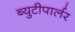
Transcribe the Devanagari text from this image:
ब्युटीपार्लर